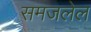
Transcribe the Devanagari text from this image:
समजलेल